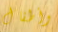
وأطفال